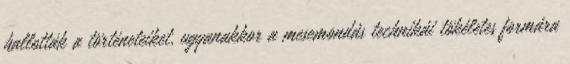
hallották a történeteiket, ugyanakkor a mesemondás technikái tökéletes formára